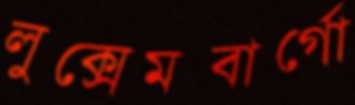
লুক্সেমবার্গো